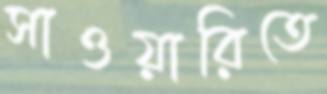
সাওয়ারিতে